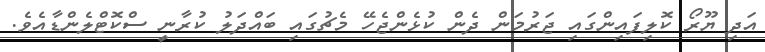
އަދި ޔޫރޯ ކޮލިފައިންގައި ޖަރުމަން ދެން ކުޅެންޖެހޭ މެޗުގައި ބައްދަލު ކުރާނީ ސްކޮޓްލެންޑާއެވެ.